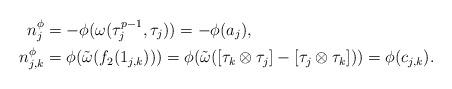
LaTeX: \begin{align*}n_j^\phi &= -\phi(\omega(\tau_j^{p-1}, \tau_j)) = -\phi(a_j), \\n_{j,k}^\phi &= \phi(\tilde \omega ( f_2(1_{j,k}))) = \phi(\tilde \omega ( [\tau_k \otimes \tau_j ] - [\tau_j\otimes \tau_k]) )= \phi(c_{j,k}).\end{align*}